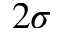
2 \sigma